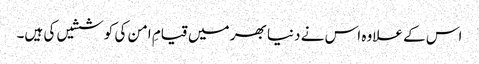
اس کے علاوہ اس نے دنیا بھر میں قیامِ امن کی کوششیں کی ہیں۔